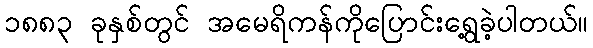
၁၈၈၃ ခုနှစ်တွင် အမေရိကန်ကိုပြောင်းရွေ့ခဲ့ပါတယ်။